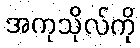
အကုသိုလ်ကို